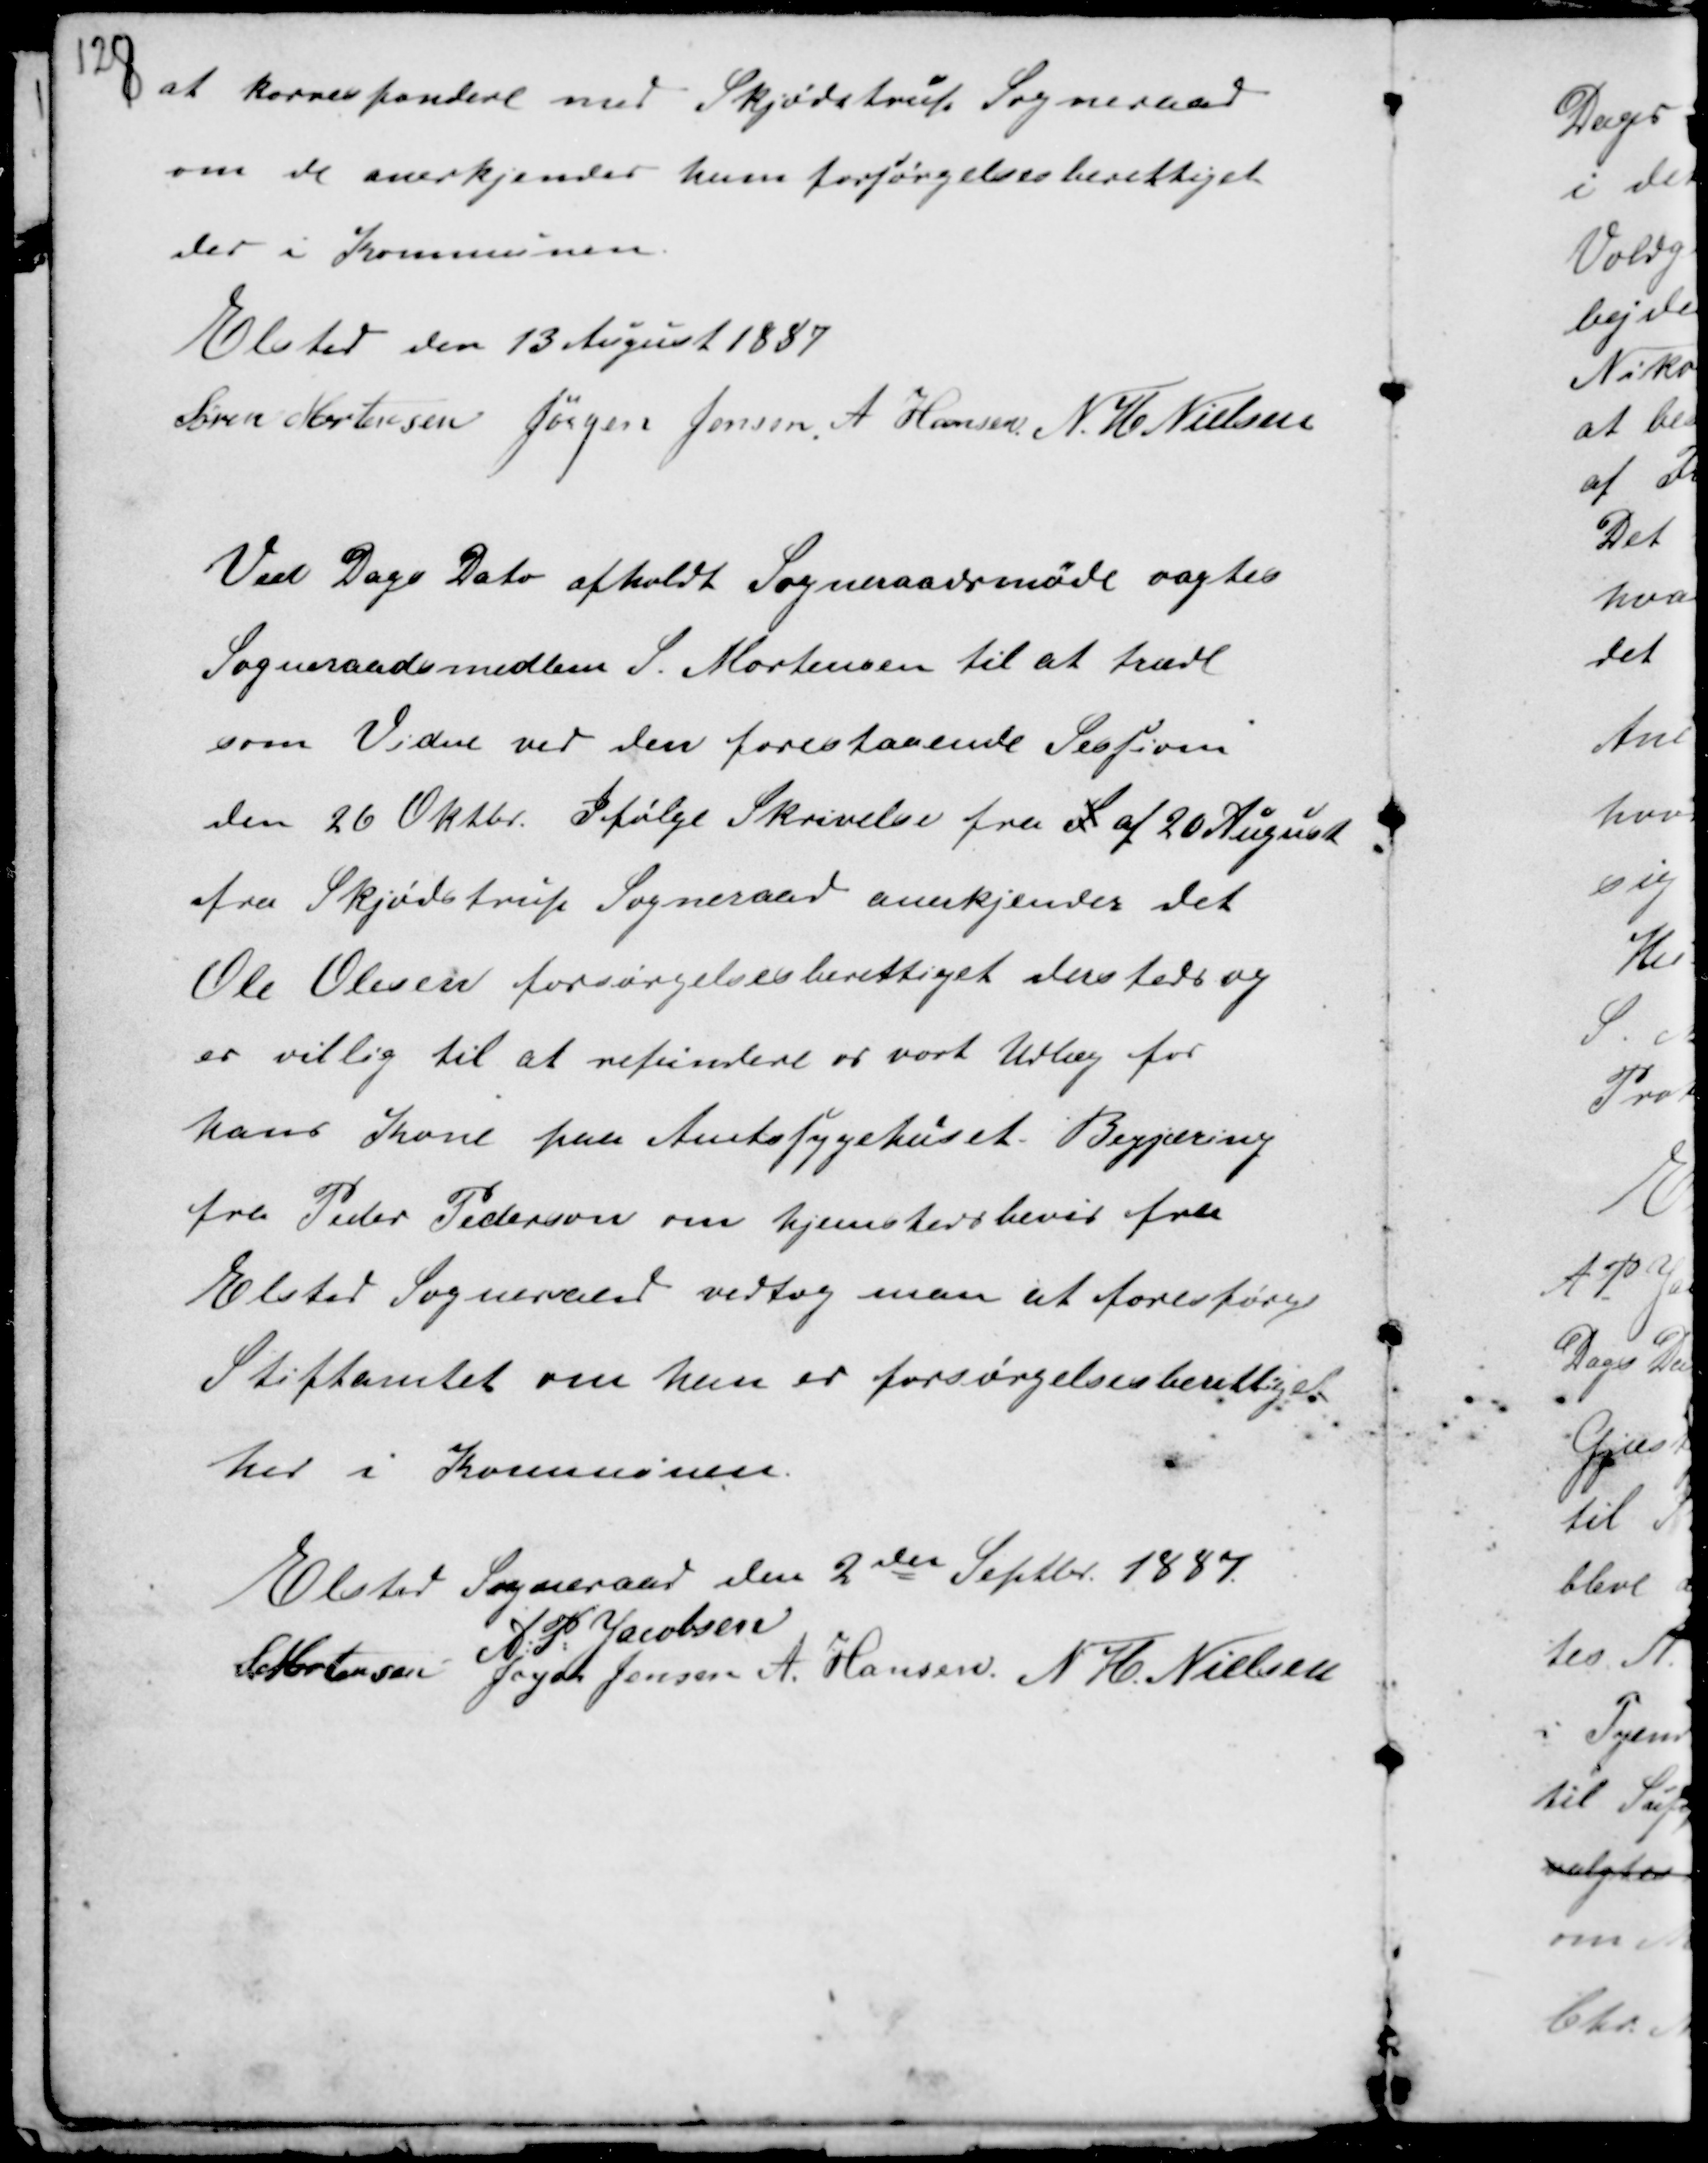
Transskription:
at korrespondere med Skjødstrup Sogneraad
om de anerkjender ham forsørgelsesberettiget
der i Kommunen.
Elsted den 13 August 1887
Søren Mortensen Jørgen Jensen. A Hansen N.H Nielsen

Ved Dags Dato afholdte Sogneraadsmøde vagtes
Sogneraadsmedlem S. Mortensen til at træde
som Vidne ved den forestaaende Session
den 26 Oktbr. Ifølge Skrivelse fra S af 20 August
fra Skjødstrup Sogneraad anerkjendes det
Ole Olesen forsørgelsesberettiget dersteds og
er villig til at refundere er vort Udlæg for
hans Kone paa Amtssygehuset. Begjæring
fra Peder Pedersen om hjemstedsbevis fra
Elsted Sogneraad vedtog man at forespørge
Stiftamtet om han er forsørgelsesberettiget
her i Kommunen.

Elsted Sogneraad den 2den Septbr 1997
A.P. Jacobsen
S Mortensen Jørgen Jensen A. Hansen N H. Nielsen